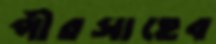
পীরসাহেব